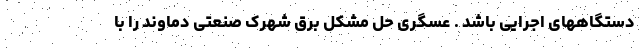
دستگاههای اجرایی باشد . عسگری حل مشکل برق شهرک صنعتی دماوند را با